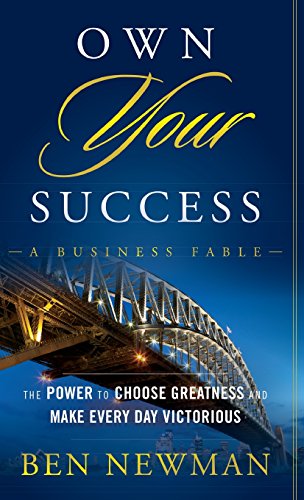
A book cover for Own YOUR Success: The Power to Choose Greatness and Make Every Day Victorious; Ben Newman; Business & Money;